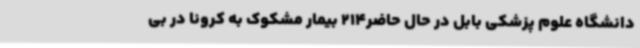
دانشگاه علوم پزشکی بابل در حال حاضر214 بیمار مشکوک به کرونا در بی